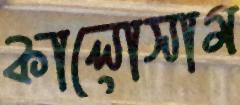
কালোসাম